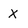
Character: x